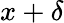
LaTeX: x+\delta